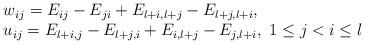
LaTeX: \begin{align*}\begin{array}{l}w_{ij}=E_{ij}-E_{ji}+E_{l+i,l+j}-E_{l+j,l+i},\\u_{ij}=E_{l+i,j}-E_{l+j,i}+E_{i,l+j}-E_{j,l+i},\ 1\leq j<i\leq l\end{array}\end{align*}